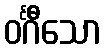
ဝင်္ဂီသော